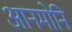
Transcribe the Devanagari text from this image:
आनमोनि